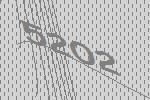
5202